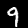
Digit: 9